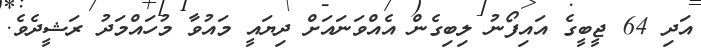
އަދި 64 ޖީބީގެ އައިފޯނު ލިބިގެން އެއްވަނައަށް ދިޔައީ މައުވާ މުހައްމަދު ރަޝީދެވެ.